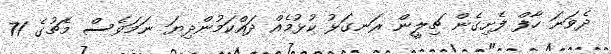
ދެވަނަ ހާފް ފެށިގެން ޗިލީން ރަނގަޅު ކުޅުމެއް ދައްކަމުންދިޔަ ނަމަވެސް މެޗުގެ 71